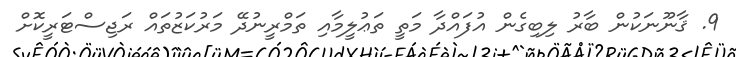
9. ޤާނޫނަކުން ބާރު ލިބިގެން އުފައްދާ މަތީ ތަޢުލީމާއި ތަމްރީނުދޭ މަރުކަޒުތައް ރަޖިސްޓަރީކޮށް